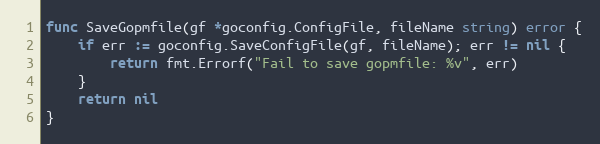
Language: Go
func SaveGopmfile(gf *goconfig.ConfigFile, fileName string) error {
	if err := goconfig.SaveConfigFile(gf, fileName); err != nil {
		return fmt.Errorf("Fail to save gopmfile: %v", err)
	}
	return nil
}